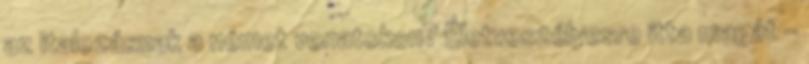
az italozásnak a német vonatokon? Életveszélyesre itta magát -